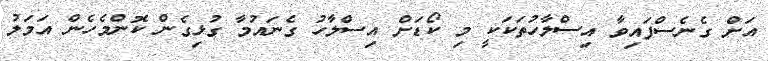
އަށް ގެނެސްފައިވާ އިސްލާހުތަކަކީ މި ކޯޑަށް އިސްލާހު ގެނައުމާ ގުޅިގެން ކޮންމެހެން އަމަލު